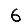
Digit: 6